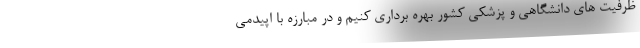
ظرفیت های دانشگاهی و پزشکی کشور بهره برداری کنیم و در مبارزه با اپیدمی